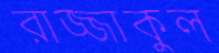
রাজ্জাকুল